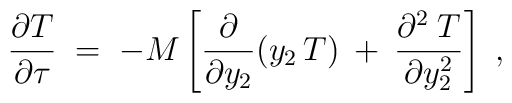
\frac{\partial {T}}{\partial \tau} \; = \; - M \left[\frac{\partial}{\partial y_{2}} (y_{2}\,{T})\:+\:\frac{\partial^{2}\:{T}}{\partial y_{2}^{2}} \right] \; ,